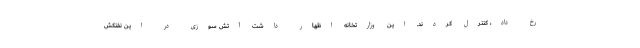
رخ داد، کنترل کردند. این وزارتخانه اظهار داشت آتش سوزی در این نفتکش